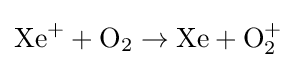
{\rm {Xe^{+}+O_{2}\rightarrow Xe+O_{2}^{+}}}